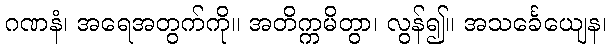
ဂဏနံ၊ အရေအတွက်ကို။ အတိက္ကမိတွာ၊ လွန်၍။ အသင်္ခေယျေန၊